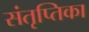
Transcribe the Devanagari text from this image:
संतृप्तिका